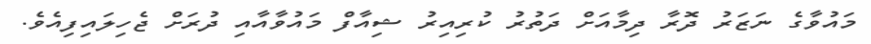
މައުވާގެ ނަޒަރު ދޮރާ ދިމާއަށް ދަތުރު ކުރިއިރު ޝިއާފް މައުވާއާއި ދުރަށް ޖެހިލައިފިއެވެ.